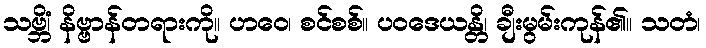
သဗ္ဘိံ၊ နိဗ္ဗာန်တရားကို။ ဟဝေ၊ စင်စစ်။ ပဝဒေယန္တိ၊ ချီးမွမ်းကုန်၏။ သတံ၊